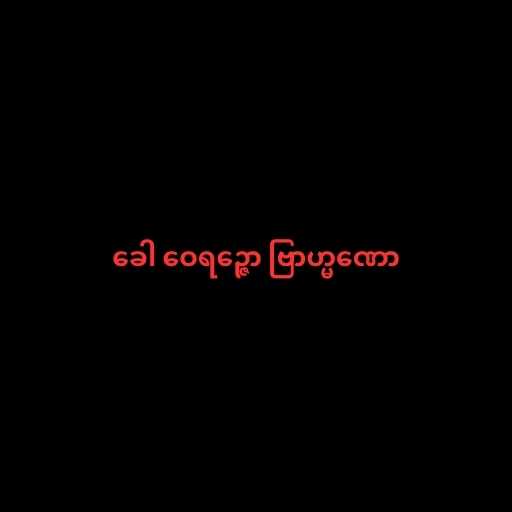
ခေါ ဝေရဉ္ဇော ဗြာဟ္မဏော